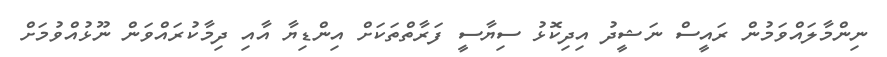
ނިންމާލައްވަމުން ރައީސް ނަޝީދު އިދިކޮޅު ސިޔާސީ ފަރާތްތަކަށް އިންޑިޔާ އާއި ދިމާކުރައްވަން ނޫޅުއްވުމަށް